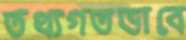
তথ্যগতভাবে